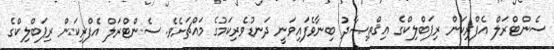
ސެންޓްރަލް އެފްރިކަން ރިޕަބްލިކްގެ އިޤްތިޞާދު ބިނާވެފައިވަނީ ދަނޑުވެރިކަމުގެ މައްޗަށެވެ. ސެންޓްރަލް އެފްރިކަން ރިޕަބްލިކްގެ